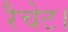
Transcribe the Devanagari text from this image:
रैचेट।